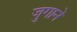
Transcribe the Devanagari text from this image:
जुगाने